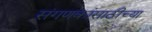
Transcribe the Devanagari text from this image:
संगणकांसाठीच्या